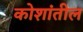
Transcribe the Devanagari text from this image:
कोशांतील